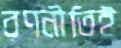
রণনীতিই